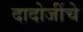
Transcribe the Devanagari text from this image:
दादोजींचे